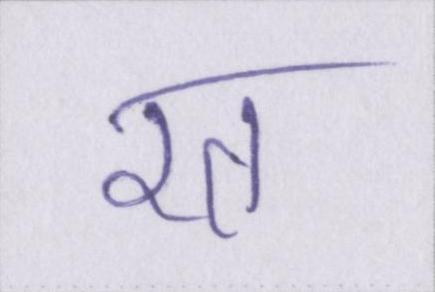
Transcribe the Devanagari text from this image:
रत